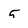
Character: 5